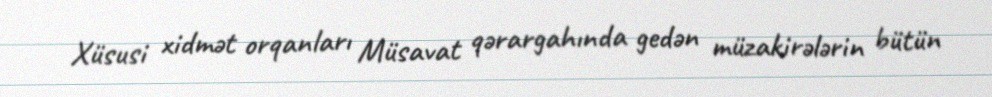
Xüsusi xidmət orqanları Müsavat qərargahında gedən müzakirələrin bütün